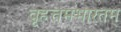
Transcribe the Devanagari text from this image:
वृहत्तमभारतम्